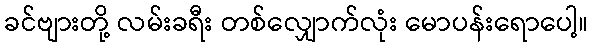
ခင်ဗျားတို့ လမ်းခရီး တစ်လျှောက်လုံး မောပန်းရောပေါ့။